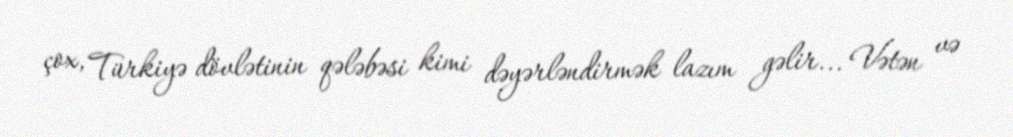
çox, Türkiyə dövlətinin qələbəsi kimi dəyərləndirmək lazım gəlir... Vətən və